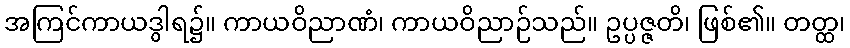
အကြင်ကာယဒွါရ၌။ ကာယဝိညာဏံ၊ ကာယဝိညာဉ်သည်။ ဥပ္ပဇ္ဇတိ၊ ဖြစ်၏။ တတ္ထ၊